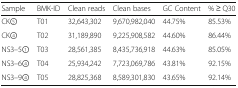
<table><thead><tr><td><b>Sample</b></td><td><b>BMK-ID</b></td><td><b>Clean reads</b></td><td><b>Clean bases</b></td><td><b>GC Content</b></td><td><b>% ≥ Q30</b></td></tr></thead><tbody><tr><td>CK5</td><td>T01</td><td>32,643,302</td><td>9,670,982,040</td><td>44.75%</td><td>85.53%</td></tr><tr><td>CK4</td><td>T02</td><td>31,189,890</td><td>9,225,908,582</td><td>44.60%</td><td>86.44%</td></tr><tr><td>NS3–51</td><td>T03</td><td>28,561,385</td><td>8,435,736,918</td><td>44.63%</td><td>85.05%</td></tr><tr><td>NS3–64</td><td>T04</td><td>25,934,242</td><td>7,723,069,786</td><td>43.81%</td><td>92.15%</td></tr><tr><td>NS3–94</td><td>T05</td><td>28,825,368</td><td>8,589,301,830</td><td>43.65%</td><td>92.14%</td></tr></tbody></table>